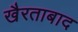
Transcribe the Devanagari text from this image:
खैरताबाद